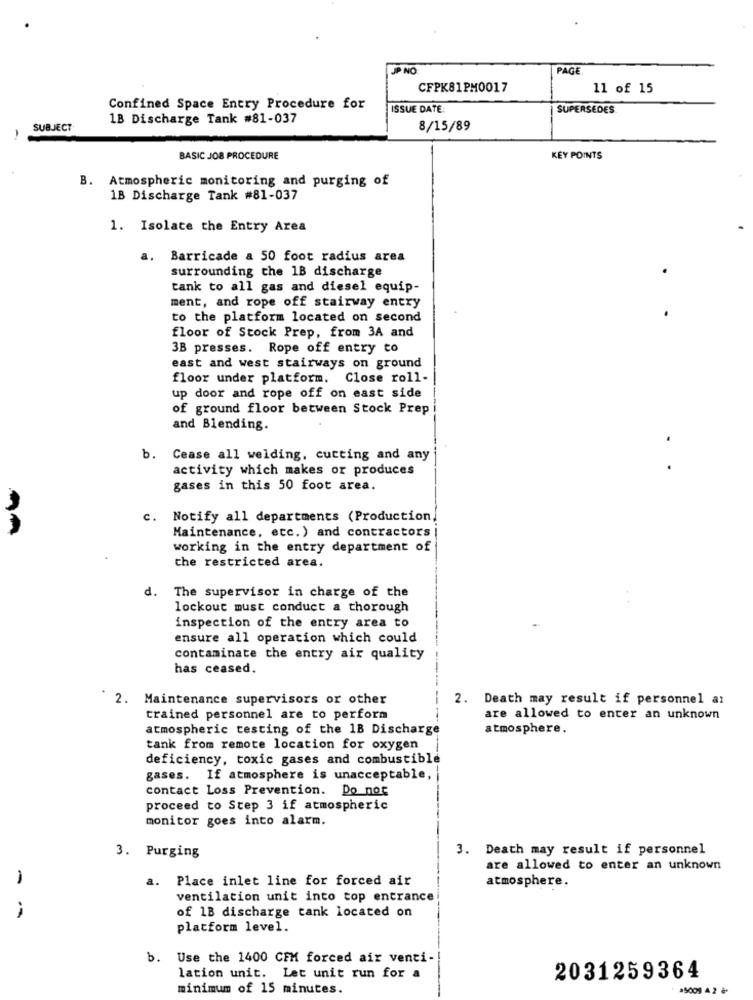
UP NO
PAGE
CFPK81PM0017
11 of 15
Confined Space Entry Procedure for
ISSUE DATE:
SUPERSEDES
1B Discharge Tank #81-037
SUBJECT
8/15/89
BASIC JOB PROCEDURE
KEY POINTS
B. Atmospheric monitoring and purging of
1B Discharge Tank #81-037
1. Isolate the Entry Area
a. Barricade a 50 foot radius area
surrounding the 1B discharge
.
tank to all gas and diesel equip-
ment, and rope off stairway entry
to the platform located on second
floor of Stock Prep, from 3A and
3B presses. Rope off entry to
east and west stairways on ground
floor under platform. Close roll-
up door and rope off on east side
of ground floor between Stock Prep
and Blending.
b. Cease all welding, cutting and any
activity which makes or produces
gases in this 50 foot area.
c.
Notify all departments (Production,
Maintenance, etc. ) and contractors
working in the entry department of
the restricted area.
d.
The supervisor in charge of the
lockout must conduct a thorough
inspection of the entry area to
ensure all operation which could
contaminate the entry air quality
has ceased.
2. Maintenance supervisors or other
2. Death may result if personnel a:
trained personnel are to perform
are allowed to enter an unknown
atmospheric testing of the 1B Discharge
atmosphere.
tank from remote location for oxygen
deficiency, toxic gases and combustible
gases. If atmosphere is unacceptable,
contact Loss Prevention. Do not
proceed to Step 3 if atmospheric
monitor goes into alarm.
3. Death may result if personnel
3. Purging
are allowed to enter an unknown
a. Place inlet line for forced air
atmosphere.
ventilation unit into top entrance
of 1B discharge tank located on
platform level.
b. Use the 1400 CFM forced air venti-
lation unit. Let unit run for a
2031259364
minimum of 15 minutes.